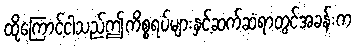
ထိုကြောင့်ငါသည်ဤကိစ္စရပ်များနှင့်ဆက်ဆံရာတွင်အခန်းက